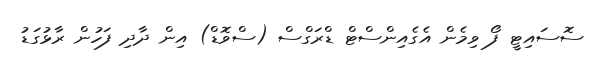
ސޮސައިޓީ ފޯ ވިމެން އެގެއިންސްޓް ޑްރަގްސް (ސްވޮޑް) އިން ދާދި ފަހުން ރާޅުގަޑު